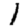
Digit: 1